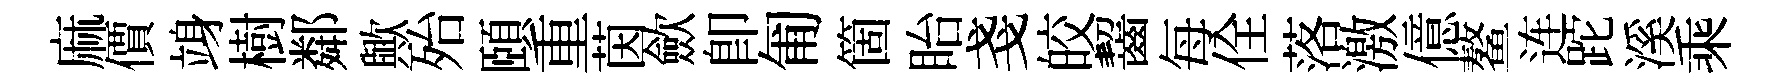
麻價竧樹鄰歟殆頤重茵歛即匍箇眙戔皎齧每佺落激億鳌连跎溪乘